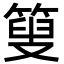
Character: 𥰞